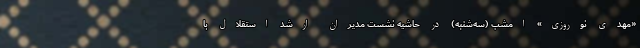
«مهدی نوروزی» امشب (سه‌شنبه) در حاشیه نشست مدیران ارشد استقلال با